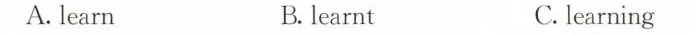
A. learn B. learnt C. learning